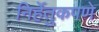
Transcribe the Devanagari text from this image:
निर्हेतुकपणे